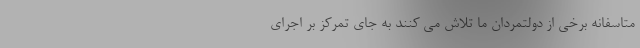
متاسفانه برخی از دولتمردان ما تلاش می کنند به جای تمرکز بر اجرای